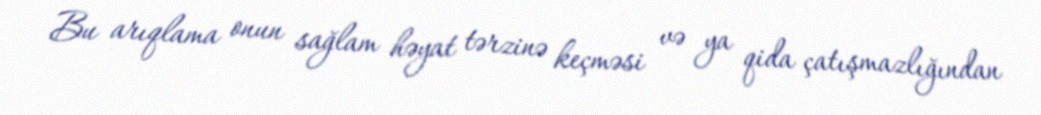
Bu arıqlama onun sağlam həyat tərzinə keçməsi və ya qida çatışmazlığından